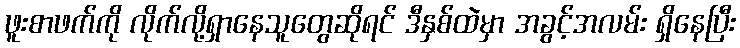
ဖူးစာဖက်ကို လိုက်လို့ရှာနေသူတွေဆိုရင် ဒီနှစ်ထဲမှာ အခွင့်အလမ်း ရှိနေပြီး